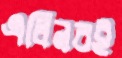
এলিনরই